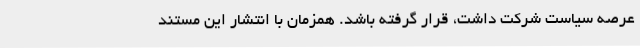
عرصه سیاست شرکت داشت، قرار گرفته باشد. همزمان با انتشار این مستند